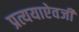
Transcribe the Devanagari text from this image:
प्रत्ययाऐवजी